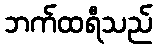
ဘက်ထရီသည်